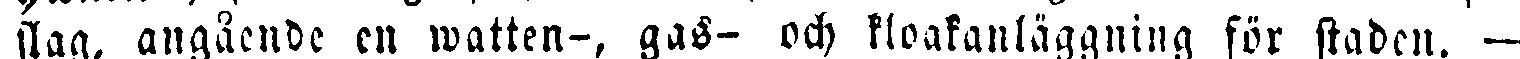
siag, angående en watten-, gas- och kloakanläggning för staden. —